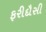
ફરીદૌસી